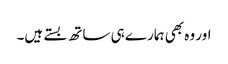
اور وہ بھی ہمارے ہی ساتھ بستے ہیں۔